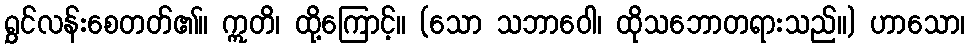
ရွှင်လန်းစေတတ်၏။ ဣတိ၊ ထို့ကြောင့်။ (သော သဘာဝေါ၊ ထိုသဘောတရားသည်။) ဟာသော၊